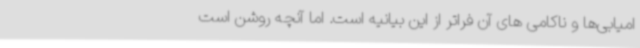
امیابی‌ها و ناکامی های آن فراتر از این بیانیه است. اما آنچه روشن است